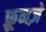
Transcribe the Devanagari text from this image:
फ़्रूनज़े